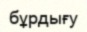
бұрдығу